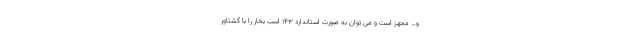
و… مجهز است و می توان به صورت استاندارد ۱۴۳ اسب بخار را با گشتاور